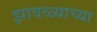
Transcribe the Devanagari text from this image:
झावळ्याच्या